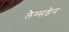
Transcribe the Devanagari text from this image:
लैम्सडेन